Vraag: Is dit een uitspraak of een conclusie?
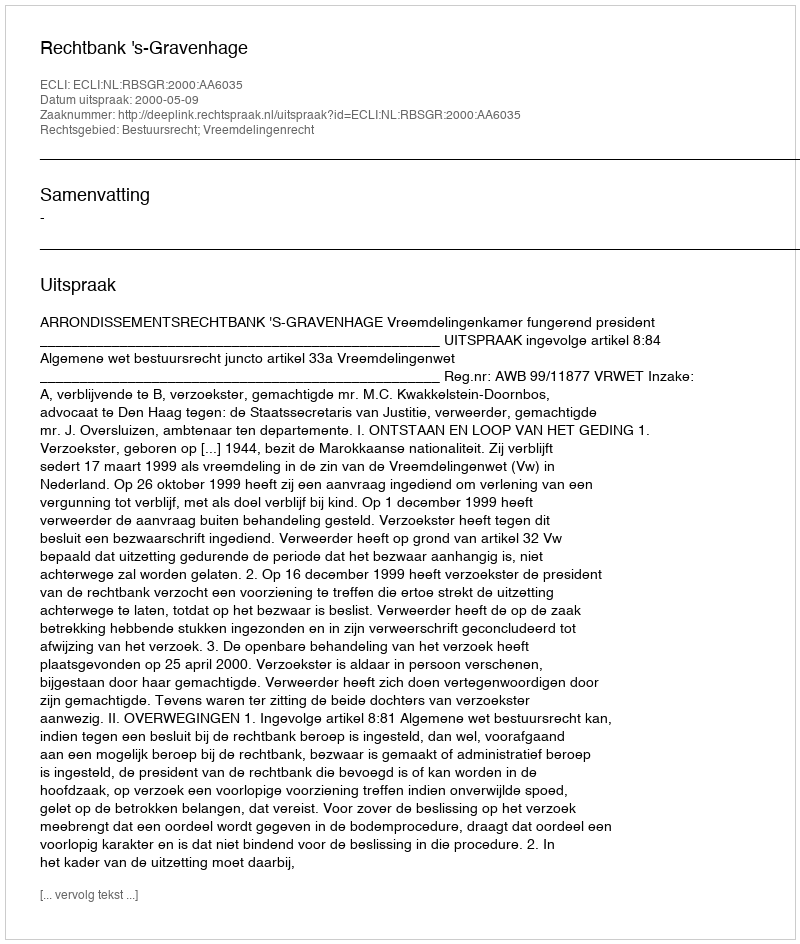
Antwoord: Uitspraak